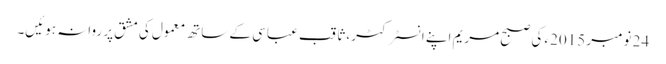
24 نومبر 2015ء کی صبح مریم اپنے انسٹرکٹر، ثاقب عباسی کے ساتھ معمول کی مشق پر روانہ ہوئیں۔